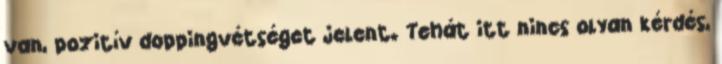
van, pozitív doppingvétséget jelent. Tehát itt nincs olyan kérdés,